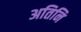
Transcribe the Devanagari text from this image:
अतिनि